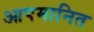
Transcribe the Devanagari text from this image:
आपमानित